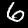
Digit: 6